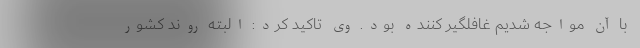
با آن مواجه شدیم غافلگیر کننده بود. وی تاکید کرد: البته روند کشور